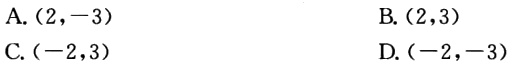
A. $(2,-3)$

B. $(2,3)$

C. $(-2,3)$

D. $(-2,-3)$